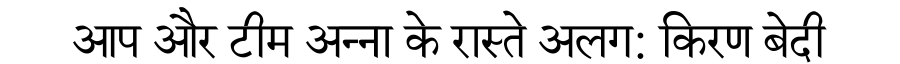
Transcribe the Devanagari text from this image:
आप और टीम अन्ना के रास्ते अलग: किरण बेदी